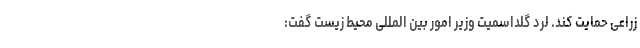
زراعی حمایت کند. لرد گلداسمیت وزیر امور بین المللی محیط زیست گفت: